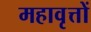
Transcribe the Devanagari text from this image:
महावृत्तों